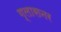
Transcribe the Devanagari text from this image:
ग्लासनर